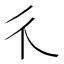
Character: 𱝪